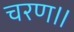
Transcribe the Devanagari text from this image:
चरण॥